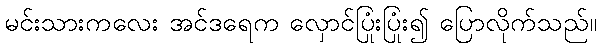
မင်းသားကလေး အင်ဒရေက လှောင်ပြုံးပြုံး၍ ပြောလိုက်သည်။